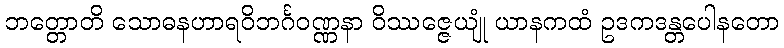
ဘတ္တောတိ သောဓနဟာရဝိဘင်္ဂဝဏ္ဏနာ ဝိဿဇ္ဇေယျုံ ယာနကထံ ဥဒကဒန္တပေါနတော